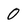
Character: O